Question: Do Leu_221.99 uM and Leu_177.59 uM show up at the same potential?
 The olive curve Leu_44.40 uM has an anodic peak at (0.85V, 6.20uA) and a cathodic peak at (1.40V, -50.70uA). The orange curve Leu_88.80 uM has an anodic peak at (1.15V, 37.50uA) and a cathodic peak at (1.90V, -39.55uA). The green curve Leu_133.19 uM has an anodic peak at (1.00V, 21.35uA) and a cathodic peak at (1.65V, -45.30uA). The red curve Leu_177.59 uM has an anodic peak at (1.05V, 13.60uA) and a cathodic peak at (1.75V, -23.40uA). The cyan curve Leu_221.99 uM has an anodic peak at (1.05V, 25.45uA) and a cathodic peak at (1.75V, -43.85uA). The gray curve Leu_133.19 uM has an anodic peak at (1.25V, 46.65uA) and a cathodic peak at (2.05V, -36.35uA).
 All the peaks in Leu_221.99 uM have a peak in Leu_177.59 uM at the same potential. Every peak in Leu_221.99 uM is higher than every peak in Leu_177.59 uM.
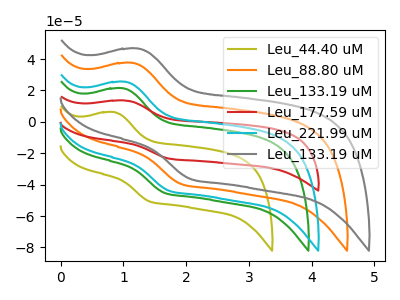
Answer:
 <answer>"Leu_221.99 uM" and "Leu_177.59 uM" are similar in shape.</answer>
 <eval>same_shape</eval>